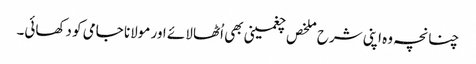
چنانچہ وہ اپنی شرح ملخص چغمینی بھی اُٹھا لائے اور مولانا جامی کو دکھائی۔